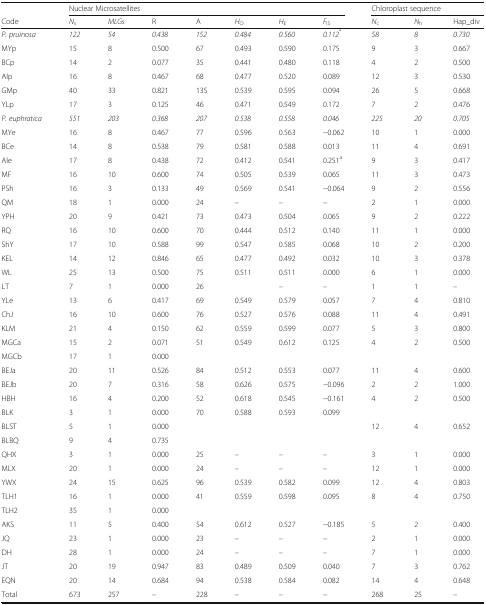
<table><thead><tr><td></td><td colspan="7"><b>Nuclear Microsatellites</b></td><td colspan="3"><b>Chloroplast sequence</b></td></tr><tr><td><b>Code</b></td><td><b><i>N</i><sub>s</sub></b></td><td><b><i>MLGs</i></b></td><td><b>R</b></td><td><b>A</b></td><td><b><i>H</i><sub>O</sub></b></td><td><b><i>H</i><sub>E</sub></b></td><td><b><i>F</i><sub>IS</sub></b></td><td><b><i>N</i><sub>c</sub></b></td><td><b><i>N</i><sub>h</sub></b></td><td><b>Hap_div</b></td></tr></thead><tbody><tr><td><i>P. pruinosa</i></td><td><i>122</i></td><td><i>54</i></td><td><i>0.438</i></td><td><i>152</i></td><td><i>0.484</i></td><td><i>0.560</i></td><td><i>0.112</i><sup>*</sup></td><td><i>58</i></td><td><i>8</i></td><td><i>0.730</i></td></tr><tr><td>MYp</td><td>15</td><td>8</td><td>0.500</td><td>67</td><td>0.493</td><td>0.590</td><td>0.175</td><td>9</td><td>3</td><td>0.667</td></tr><tr><td>BCp</td><td>14</td><td>2</td><td>0.077</td><td>35</td><td>0.441</td><td>0.480</td><td>0.118</td><td>4</td><td>2</td><td>0.500</td></tr><tr><td>Alp</td><td>16</td><td>8</td><td>0.467</td><td>68</td><td>0.477</td><td>0.520</td><td>0.089</td><td>12</td><td>3</td><td>0.530</td></tr><tr><td>GMp</td><td>40</td><td>33</td><td>0.821</td><td>135</td><td>0.539</td><td>0.595</td><td>0.094</td><td>26</td><td>5</td><td>0.668</td></tr><tr><td>YLp</td><td>17</td><td>3</td><td>0.125</td><td>46</td><td>0.471</td><td>0.549</td><td>0.172</td><td>7</td><td>2</td><td>0.476</td></tr><tr><td><i>P. euphratica</i></td><td><i>551</i></td><td><i>203</i></td><td><i>0.368</i></td><td><i>207</i></td><td><i>0.538</i></td><td><i>0.558</i></td><td><i>0.046</i></td><td><i>225</i></td><td><i>20</i></td><td><i>0.705</i></td></tr><tr><td>MYe</td><td>16</td><td>8</td><td>0.467</td><td>77</td><td>0.596</td><td>0.563</td><td>−0.062</td><td>10</td><td>1</td><td>0.000</td></tr><tr><td>BCe</td><td>14</td><td>8</td><td>0.538</td><td>79</td><td>0.581</td><td>0.588</td><td>0.013</td><td>11</td><td>4</td><td>0.691</td></tr><tr><td>Ale</td><td>17</td><td>8</td><td>0.438</td><td>72</td><td>0.412</td><td>0.541</td><td>0.251<sup>a</sup></td><td>9</td><td>3</td><td>0.417</td></tr><tr><td>MF</td><td>16</td><td>10</td><td>0.600</td><td>74</td><td>0.505</td><td>0.539</td><td>0.065</td><td>11</td><td>3</td><td>0.473</td></tr><tr><td>PSh</td><td>16</td><td>3</td><td>0.133</td><td>49</td><td>0.569</td><td>0.541</td><td>−0.064</td><td>9</td><td>2</td><td>0.556</td></tr><tr><td>QM</td><td>18</td><td>1</td><td>0.000</td><td>24</td><td><i>–</i></td><td><i>–</i></td><td><i>–</i></td><td>2</td><td>1</td><td>0.000</td></tr><tr><td>YPH</td><td>20</td><td>9</td><td>0.421</td><td>73</td><td>0.473</td><td>0.504</td><td>0.065</td><td>9</td><td>2</td><td>0.222</td></tr><tr><td>RQ</td><td>16</td><td>10</td><td>0.600</td><td>70</td><td>0.444</td><td>0.512</td><td>0.140</td><td>11</td><td>1</td><td>0.000</td></tr><tr><td>ShY</td><td>17</td><td>10</td><td>0.588</td><td>99</td><td>0.547</td><td>0.585</td><td>0.068</td><td>10</td><td>2</td><td>0.200</td></tr><tr><td>KEL</td><td>14</td><td>12</td><td>0.846</td><td>65</td><td>0.477</td><td>0.492</td><td>0.032</td><td>10</td><td>3</td><td>0.378</td></tr><tr><td>WL</td><td>25</td><td>13</td><td>0.500</td><td>75</td><td>0.511</td><td>0.511</td><td>0.000</td><td>6</td><td>1</td><td>0.000</td></tr><tr><td>LT</td><td>7</td><td>1</td><td>0.000</td><td>26</td><td></td><td>–</td><td>–</td><td>1</td><td>1</td><td>–</td></tr><tr><td>YLe</td><td>13</td><td>6</td><td>0.417</td><td>69</td><td>0.549</td><td>0.579</td><td>0.057</td><td>7</td><td>4</td><td>0.810</td></tr><tr><td>ChJ</td><td>16</td><td>10</td><td>0.600</td><td>76</td><td>0.527</td><td>0.576</td><td>0.088</td><td>11</td><td>4</td><td>0.491</td></tr><tr><td>KLM</td><td>21</td><td>4</td><td>0.150</td><td>62</td><td>0.559</td><td>0.599</td><td>0.077</td><td>5</td><td>3</td><td>0.800</td></tr><tr><td>MGCa</td><td>15</td><td>2</td><td>0.071</td><td rowspan="2">51</td><td rowspan="2">0.549</td><td rowspan="2">0.612</td><td rowspan="2">0.125</td><td rowspan="2">4</td><td rowspan="2">2</td><td rowspan="2">0.500</td></tr><tr><td>MGCb</td><td>17</td><td>1</td><td>0.000</td></tr><tr><td>BEJa</td><td>20</td><td>11</td><td>0.526</td><td>84</td><td>0.512</td><td>0.553</td><td>0.077</td><td>11</td><td>4</td><td>0.600</td></tr><tr><td>BEJb</td><td>20</td><td>7</td><td>0.316</td><td>58</td><td>0.626</td><td>0.575</td><td>−0.096</td><td>2</td><td>2</td><td>1.000</td></tr><tr><td>HBH</td><td>16</td><td>4</td><td>0.200</td><td>52</td><td>0.618</td><td>0.545</td><td>−0.161</td><td>4</td><td>2</td><td>0.500</td></tr><tr><td>BLK</td><td>3</td><td>1</td><td>0.000</td><td rowspan="3">70</td><td rowspan="3">0.588</td><td rowspan="3">0.593</td><td rowspan="3">0.099</td><td></td><td></td><td></td></tr><tr><td>BLST</td><td>5</td><td>1</td><td>0.000</td><td>12</td><td>4</td><td>0.652</td></tr><tr><td>BLBQ</td><td>9</td><td>4</td><td>0.735</td><td></td><td></td><td></td></tr><tr><td>QHX</td><td>3</td><td>1</td><td>0.000</td><td>25</td><td>–</td><td>–</td><td>–</td><td>3</td><td>1</td><td>0.000</td></tr><tr><td>MLX</td><td>20</td><td>1</td><td>0.000</td><td>24</td><td>–</td><td>–</td><td>–</td><td>12</td><td>1</td><td>0.000</td></tr><tr><td>YWX</td><td>24</td><td>15</td><td>0.625</td><td>96</td><td>0.539</td><td>0.582</td><td>0.099</td><td>12</td><td>4</td><td>0.803</td></tr><tr><td>TLH1</td><td>16</td><td>1</td><td>0.000</td><td rowspan="2">41</td><td rowspan="2">0.559</td><td rowspan="2">0.598</td><td rowspan="2">0.095</td><td rowspan="2">8</td><td rowspan="2">4</td><td rowspan="2">0.750</td></tr><tr><td>TLH2</td><td>35</td><td>1</td><td>0.000</td></tr><tr><td>AKS</td><td>11</td><td>5</td><td>0.400</td><td>54</td><td>0.612</td><td>0.527</td><td>−0.185</td><td>5</td><td>2</td><td>0.400</td></tr><tr><td>JQ</td><td>23</td><td>1</td><td>0.000</td><td>23</td><td>–</td><td>–</td><td>–</td><td>2</td><td>1</td><td>0.000</td></tr><tr><td>DH</td><td>28</td><td>1</td><td>0.000</td><td>24</td><td>–</td><td>–</td><td>–</td><td>7</td><td>1</td><td>0.000</td></tr><tr><td>JT</td><td>20</td><td>19</td><td>0.947</td><td>83</td><td>0.489</td><td>0.509</td><td>0.040</td><td>7</td><td>3</td><td>0.762</td></tr><tr><td>EQN</td><td>20</td><td>14</td><td>0.684</td><td>94</td><td>0.538</td><td>0.584</td><td>0.082</td><td>14</td><td>4</td><td>0.648</td></tr><tr><td>Total</td><td>673</td><td>257</td><td>–</td><td>228</td><td>–</td><td>–</td><td>–</td><td>268</td><td>25</td><td>–</td></tr></tbody></table>